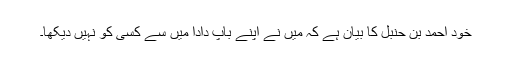
خود احمد بن حنبل کا بیان ہے کہ میں نے اپنے باپ دادا میں سے کسی کو نہیں دیکھا۔